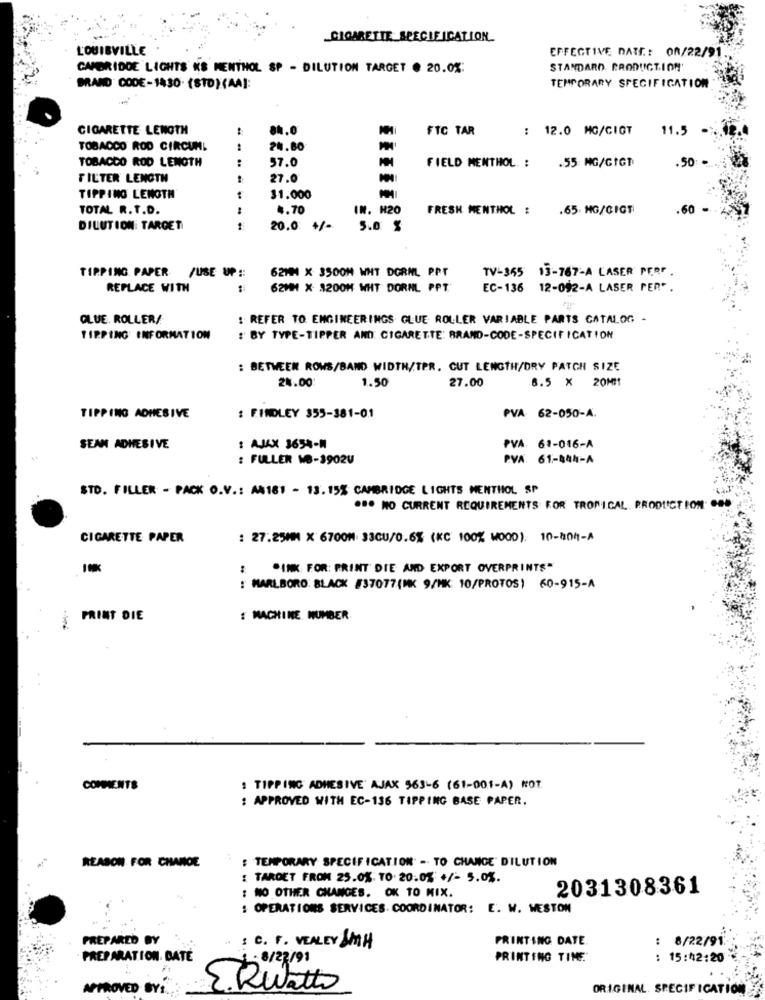
CIGARETTE SPECIFICATION.
LOUISVILLE
EFFECTIVE DATE: 08/22/91.
CAMBRIDGE LIGHTS KS MENTHOL SP - DILUTION TARGET . 20.0%:
STANDARD PRODUCTION'
BRAND CODE-1430. (8TD)(AA):
TEMPORARY SPECIFICATION
CIGARETTE LENGTH
..
FTC TAR
: 12.0 MG/CIGT
11.5
TOBACCO ROD CIRCUNL
24.80
TOBACCO ROD LENGTH
:
57.0
.50
FIELD MENTHOL. : . 55 MG/GIGT
FILTER LENGTH
27.0
TIPPING LENGTH
31.000
TOTAL R. T.D.
4.70
IN. H20
FRESH MENTHOL :
.65 MG/GIGT
DILUTION TARGET
20.0
+/-
5.0 %
62MM X 3500M WHT DORML PPT
TV-365
13-767-A LASER PERF .
TIPPING PAPER /USE UP ::
REPLACE WITH
62MM X 1200H WHT DORNL PPT.
EC-136 12-092-A LASER PER*
GLUE. ROLLER/
: REFER TO ENGINEERINGS GLUE ROLLER VARIABLE PARTS CATALOG -
TIRPING INFORMATION
:' BY TYPE-TIPPER AND. CIGARETTE: BRAND-CODE-SPECIFICATION
: BETWEEN ROWS/BAND WIDTH/TPR. CUT LENGTH/DRY PATCH SIZE
27.00
28.00
1.50
6.5 X 20MM1
TIPPING ADHESIVE
: FINDLEY 355-381-01
PVA 62-050-A.
SEAN ADHESIVE
: AJAX 3654-M
PVA. 61-016-A
: FULLER MB-3902V
PVA. 61-444-A
STO. FILLER - PACK O.V .: A8181 - 13.15% CAMBRIDGE LIGHTS MENTHOL SP
... NO CURRENT REQUIREMENTS FOR TROPICAL. PRODUCTION. GOD
CIGARETTE PAPER
: 27.25MM X 6700M 33CU/0.6% (KC 100% WOOD). 10-804-A
"INK FOR: PRINT DIE AND EXPORT OVERPRINTS"
: MARLBORO: BLACK #37077(MK 9/MK: 10/PROTOS) 60-915-A
PRINT DIE
: MACHINE NUMBER
COMMENTS
: TIPPING ADHESIVE' AJAX 563-6 (61-001-A) NOT.
: APPROVED WITH EC-136 TIPPING BASE PAPER.
: TEMPORARY SPECIFICATION - TO CHANGE" DILUTION
REASON FOR CHANGE
: TARGET FROM 25.0%. 10 20:03 +/- 5.0%.
NO OTHER CHANGES. OK TO MIX.
2031308361
: OPERATIONS SERVICES. COORDINATOR: E. W. WESTON
PREPARED BY
PRINTING DATE
8/22/91
. : C. F. VEALEY MH
PREPARATION. DATE
1 8/28/91
PRINTING TIME.
15:42:20
APPROVED BYS.
E.Rubato
ORIGINAL. SPECIFICATION